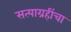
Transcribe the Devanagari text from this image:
सत्याग्रहींचा